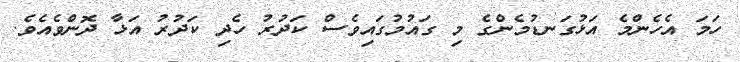
ހަމަ އެހެންމެ އަޅުގަނޑުމެންގެ މި ގައުމުގައިވެސް ކަދުރު ހެދި ކަދުރު އަޅާ ދޮންވެއެވެ.